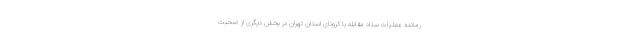
رمانده عملیات ستاد مقابله با کرونای استان تهران در بخش دیگری از صحبت